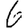
Digit: 6